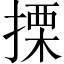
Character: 搮